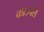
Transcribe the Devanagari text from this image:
काउचर्स